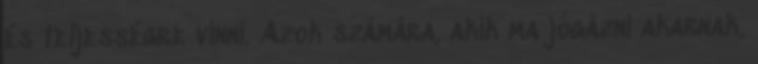
és teljességre vinni. Azok számára, akik ma jógázni akarnak,